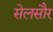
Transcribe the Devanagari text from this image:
सेलसौर